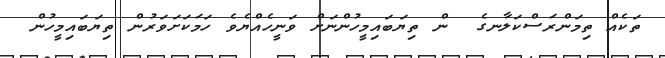
ތަކެއް ތިމަންރަސްކަލާނގެ  ން ތިޔަބައިމީހުންނަށް ވަނީހެއްޔެވެ ހަމަކަށަވަރުން ތިޔަބައިމީހުން